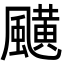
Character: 䬝